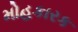
મોહકારક